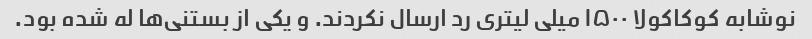
نوشابه کوکاکولا ۱۵۰۰ میلی لیتری رد ارسال نکردند. و یکی از بستنی‌ها له شده بود.